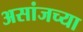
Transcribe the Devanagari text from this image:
असांजच्या